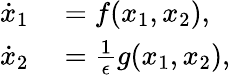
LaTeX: \begin{array}{rl}{\dot{x}_{1}}&{{}=f(x_{1},x_{2}),}\\ {\dot{x}_{2}}&{{}=\frac{1}{\epsilon}g(x_{1},x_{2}),}\end{array}